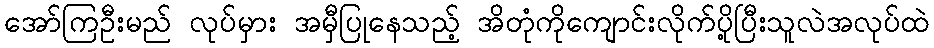
အော်ကြဦးမည် လုပ်မှား အမှီပြုနေသည့် အိတုံကိုကျောင်းလိုက်ပို့ပြီးသူလဲအလုပ်ထဲ